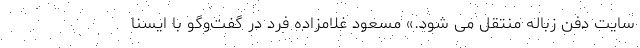
سایت دفن زباله منتقل می شود.» مسعود غلامزاده‌ فرد در گفت‌وگو با ایسنا